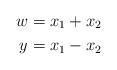
LaTeX: \begin{align*} w &= x_1 + x_2\\ y &= x_1 - x_2\end{align*}